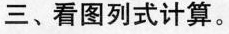
三、看图列式计算。